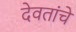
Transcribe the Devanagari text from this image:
देवतांचें